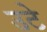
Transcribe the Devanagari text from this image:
उटे